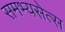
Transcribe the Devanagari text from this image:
समभ्यसेत्स